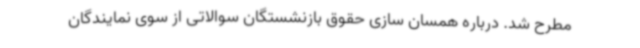
مطرح شد. درباره همسان سازی حقوق بازنشستگان سوالاتی از سوی نمایندگان